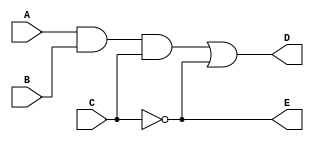
// Example 1

module Example1 (A, B, C, D, E);
	output D, E;
	input A, B, C;
	wire w1;
	/* and #(30) G1 (w1, A, B);
	not #(10) G2 (E, C);
	or #(20) G3 (D, w1, E);*/
	
	and G1 (w1, A, B, C);
	not G2 (E, C);
	or  G3 (D, w1, E);
endmodule